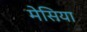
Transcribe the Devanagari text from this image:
मेसिया